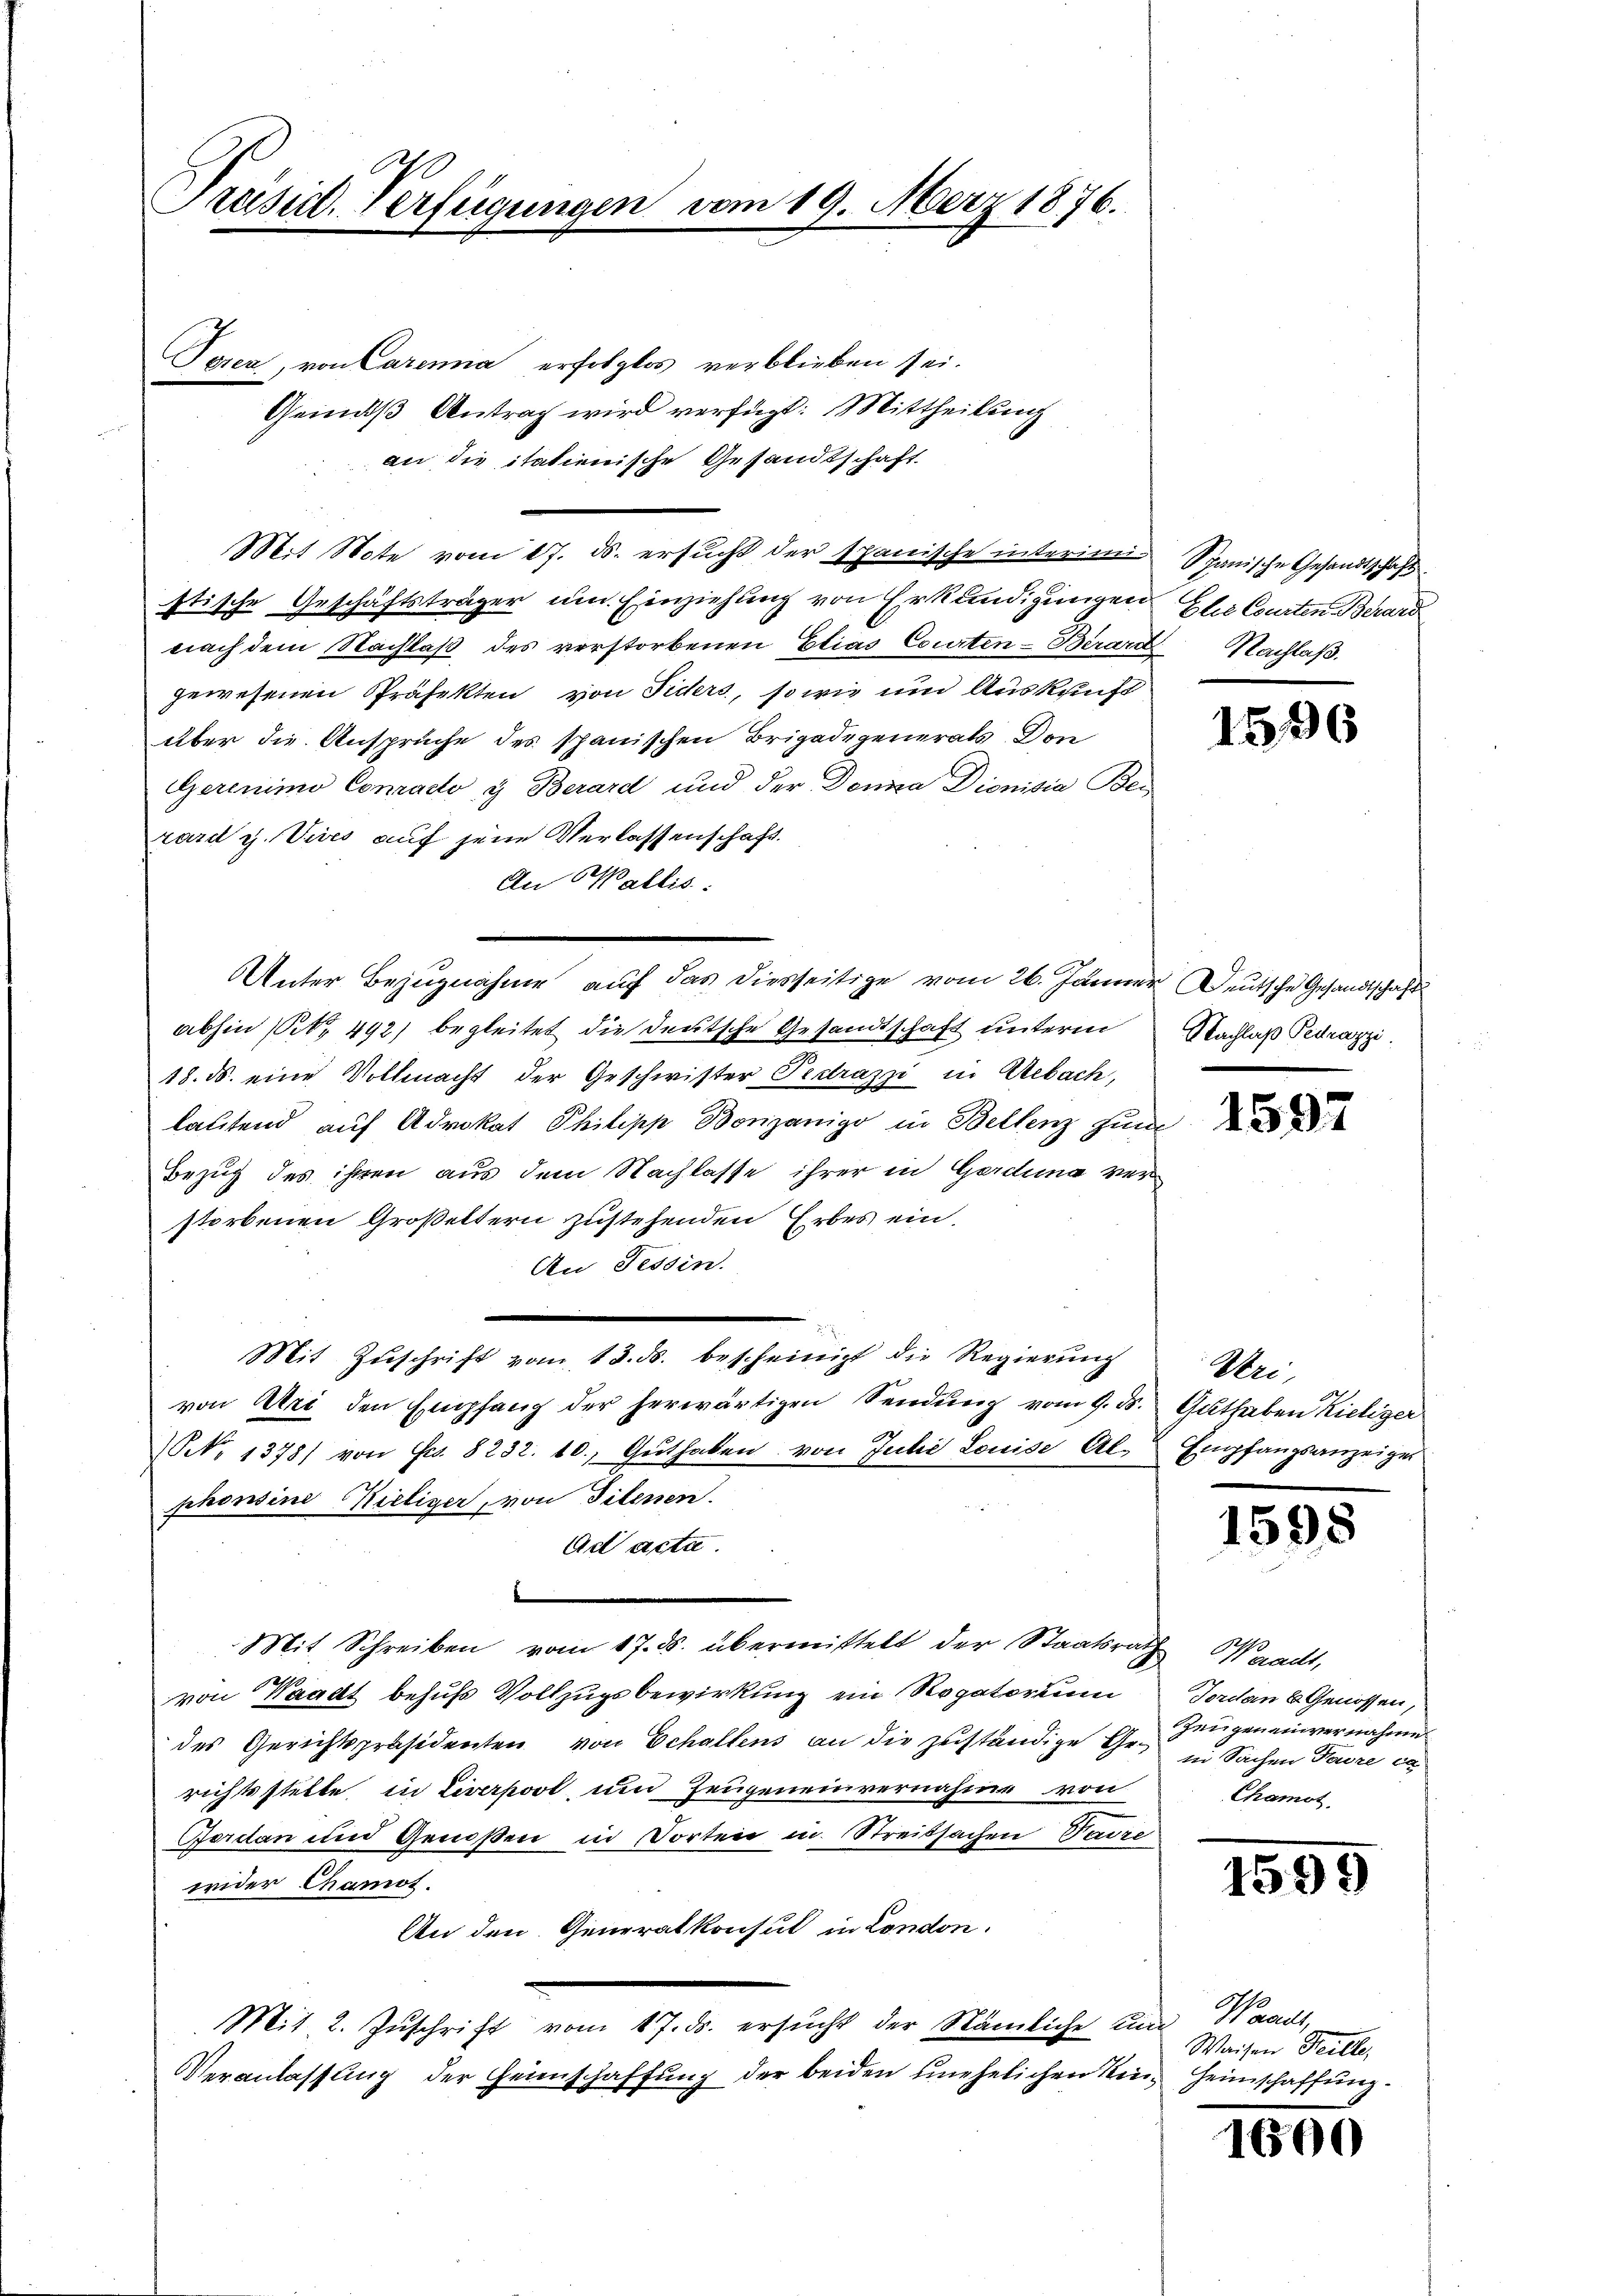
Präsid. Verfügungen vom 19. März 1876.

Toren, von Carenna erfolglos verblieben sei.
Gemäß Antrag wird verfügt: Mittheilung
an die italienische Gesandtschaft
Mit Note vom 17. ds. ersucht der spanische interim Spanische Gesandtschaft
stische Geschäftsträger um Einziehung von Erkundigungen Ehr Courten Berard
nach dem Nachlaβ des verstorbenen Elias Courten-Berard Nachlaß.
gewesenen Präfekten von Fiders, sowie um Auskunft
über die Ansprüche des spanischen Brigadegenerals Don
Gerenimo Conrado y Berard und der Donna Dionisia Bei
rard z. Vices auf jene Verlassenschaft.
An Wallis:
Unter Bezugnahme auf das diesseitige vom 26. Jänner Deutsche Gesandtschaft
abhin (S. 492) begleitet die deutsche Gesandtschaft unterm Nachlaß Pedrazz
18. ds. eine Vollmacht der Geschwister Fedrazzi in Gebach,
lautend auf Advokat Philipp Bonzanigo in Bellenz zum
Bezug des ihren aus dem Nachlasse ihrer in Geschma verstorbenen Großeltern zustehenden Erbes ein.
An Tessin.
2
Mit Zŭschrift vom 13. ds. bescheinigt die Regierung
von Uri den Empfang der herwärtigen Sendŭng vom 9. ds. Guthaben Kieliger
NN. 1378) von Fr. 8232. 10. Guthaben von Julić Louise, Al. Empfangsanzeiger
phonsine Kieliger, von Titenen
Ad acta.

Mit Schreiben vom 17. ds. übermittelt der Staatsrath
von Waadt behufs Vollzugsbewirkung ein Rogatorium
des Gerichtspräsidenten von Echaltens an die zuständige Ge- in Sachen Favre ca
richtsstelle in Liverpool, und Zeugeneinvernahme von
Forden und Genoßen in Worten in Streitsachen Padre
wider Chamos.
An den Generalkonsul in London.
Mit. 2. Zŭschrift vom 17. ds. ersŭcht der Nämliche und Waadt,
Veranlassung der Heimschaffung der beiden unehelichen Kin¬

1596

1597

Vri

1598

Waadt,
Tordan 8 Genossen,
zengenenvernahme
Chamot

1595

Waisen Teille,
Heimschaffung.

1600